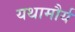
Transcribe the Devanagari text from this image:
यथामौर्य